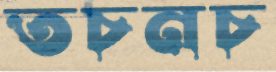
তচনচ